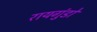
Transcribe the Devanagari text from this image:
रायगुंडो